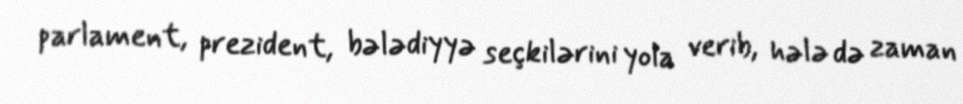
parlament, prezident, bələdiyyə seçkilərini yola verib, hələ də zaman